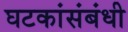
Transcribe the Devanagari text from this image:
घटकांसंबंधी